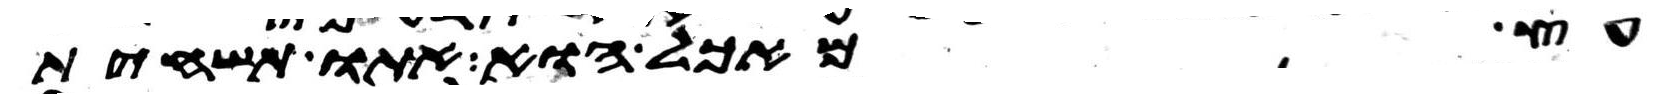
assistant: עץ מאכל הוא אתו תשחית